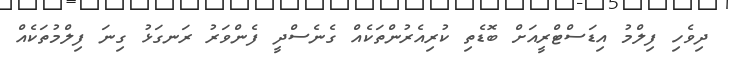
ދިވެހި ފިލްމު އިޑަސްޓްރީއަށް ބޮޑެތި ކުރިއެރުންތަކެއް ގެނެސްދީ ފެންވަރު ރަނގަޅު ގިނަ ފިލްމުތަކެއް